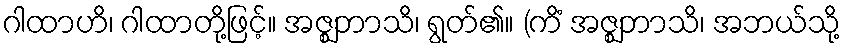
ဂါထာဟိ၊ ဂါထာတို့ဖြင့်။ အဇ္ဈဘာသိ၊ ရွတ်၏။ (ကိံ အဇ္ဈဘာသိ၊ အဘယ်သို့